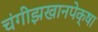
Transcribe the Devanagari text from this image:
चंगीझखानपेक्षा